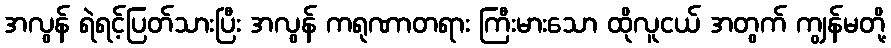
အလွန် ရဲရင့်ပြတ်သားပြီး အလွန် ကရုဏာတရား ကြီးမားသော ထိုလူငယ် အတွက် ကျွန်မတို့